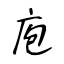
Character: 庖